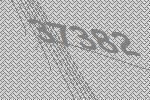
37382